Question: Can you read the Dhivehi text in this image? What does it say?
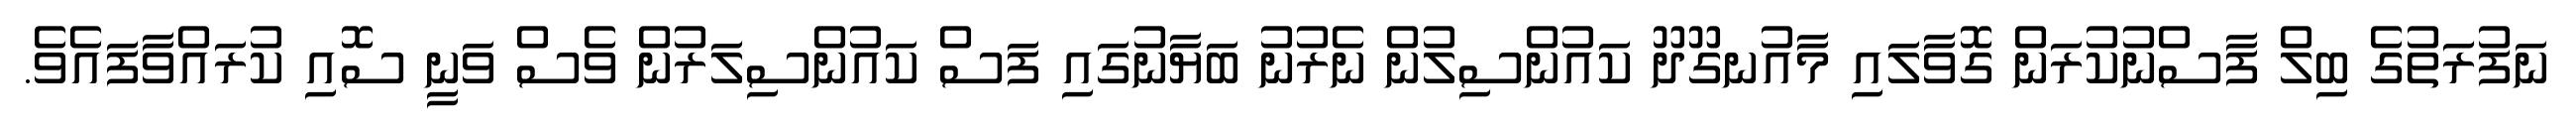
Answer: ނަފުރަތުގެ ބިލް ފާސްނުކުރަން ގޮވާލައި މާއުނގޫދޫ ކައުންސިލުން ނެރުނު ބަޔާނުގައި ފަސް ކައުންސިލަރުން ވެސް ވަނީ ސޮއި ކުރައްވާފައެވެ.